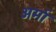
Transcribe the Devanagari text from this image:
अर्मा